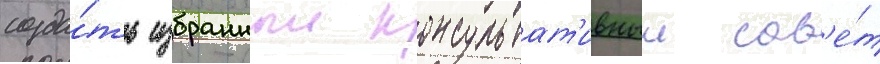
созда́ть избранныи консультат'ивныи сов'е́т